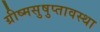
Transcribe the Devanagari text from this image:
ग्रीष्मसुषुप्तावस्था